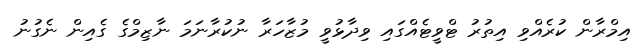
އިމްރާން ކުރެއްވި އިތުރު ޓްވީޓެއްގައި ވިދާޅުވީ މުޒާހަރާ ނުކުރާނަމަ ނާޒިމްގެ ގެއިން ނެގުނު